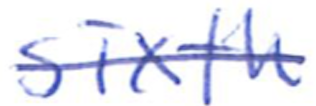
Text: sixth
Cross-out: single-line
Writing tool: ballpoint